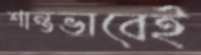
শান্তভাবেই